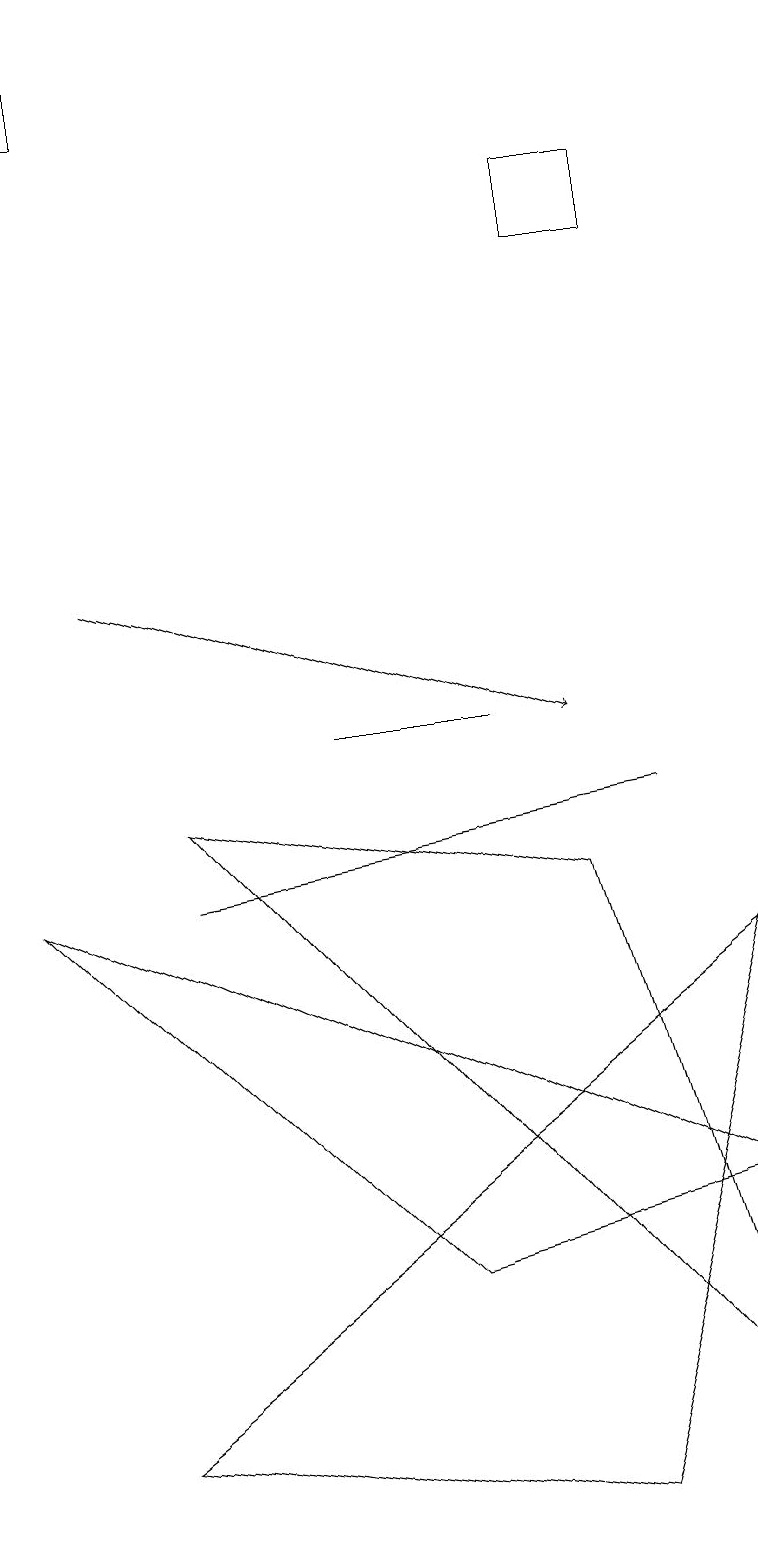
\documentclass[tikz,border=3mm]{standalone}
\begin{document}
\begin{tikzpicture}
\draw (5,3) -- (0,8) -- (9,4) -- cycle;
\draw (4,10) rectangle (6,10);
\draw (7,8) -- (2,9) -- (9,1) -- cycle;
\draw[->] (1,12) -- (7,10);
\draw (1,18) rectangle (0,19);
\draw (8,17) rectangle (7,16);
\draw (8,9) -- (2,8) -- (2,8) -- cycle;
\draw (1,1) -- (9,7) -- (7,0) -- cycle;
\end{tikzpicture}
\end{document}